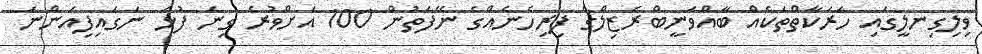
ވިލިގިނލީގައި ހަރަކާތްތަކެއް ބާއްވަނީބްރެޒިލްގެ ފިރިހެނެއްގެ ނޭފަތުން 100 އަށްވުރެ ގިނަ ފުޅަ ނަގައިފިއަންނަ